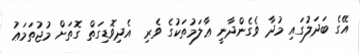
އޭގެ ބަދަލުގައި މުދާ ވެގެންދާނީ ޢާލަމުތަކުގެ ވެރި  އެދިވޮޑިގަތް ގޮތަށް މުޖުތަމަޢު